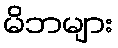
မိဘများ